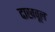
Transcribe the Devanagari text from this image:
दाखवूल